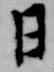
日